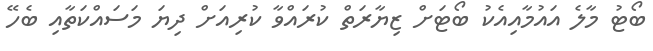
ބޯޓު މާލެ އައުމާއިއެކު ބޯޓަށް ޒިޔާރަތް ކުރައްވާ ކުރިއަށް ދިޔަ މަސައްކަތާއި ބެހޭ